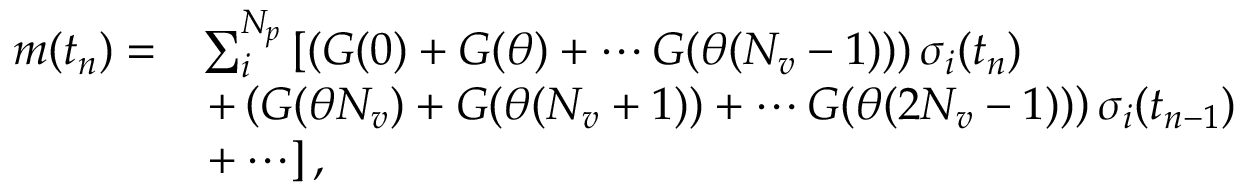
\begin{array} { r l } { m ( t _ { n } ) = } & { \sum _ { i } ^ { N _ { p } } \left[ \left( G ( 0 ) + G ( \theta ) + \cdots G ( \theta ( N _ { v } - 1 ) ) \right) \sigma _ { i } ( t _ { n } ) \right. } \\ & { \left. + \left( G ( \theta N _ { v } ) + G ( \theta ( N _ { v } + 1 ) ) + \cdots G ( \theta ( 2 N _ { v } - 1 ) ) \right) \sigma _ { i } ( t _ { n - 1 } ) \right. } \\ & { \left. + \cdots \right] , } \end{array}